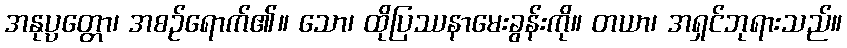
အနုပ္ပတ္တော၊ အစဉ်ရောက်၏။ သော၊ ထိုပြဿနာမေးခွန်းကို။ တယာ၊ အရှင်ဘုရားသည်။